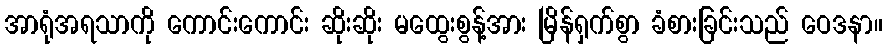
အာရုံအရသာကို ကောင်းကောင်း ဆိုးဆိုး မထွေးစွန့်အား မြိန်ရှက်စွာ ခံစားခြင်းသည် ဝေဒနာ။